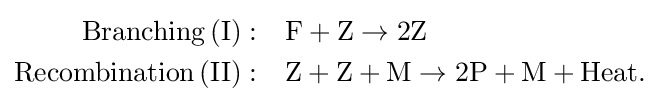
{\begin{aligned}{\rm {Branching\,(I):}}&\quad {\rm {{F}+{\rm {{Z}\rightarrow 2{\rm {Z}}}}}}\\{\rm {Recombination\,(II):}}&\quad {\rm {{Z}+{\rm {{Z}+{\rm {{M}\rightarrow 2{\rm {{P}+{\rm {{M}+{\rm {{Heat}.}}}}}}}}}}}}\end{aligned}}